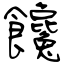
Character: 饞